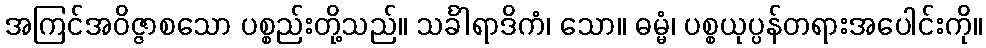
အကြင်အဝိဇ္ဇာစသော ပစ္စည်းတို့သည်။ သင်္ခါရာဒိကံ၊ သော။ ဓမ္မံ၊ ပစ္စယုပ္ပန်တရားအပေါင်းကို။